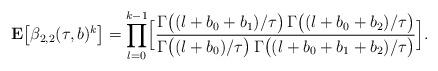
LaTeX: \begin{align*}{\bf E}\bigl[\beta_{2, 2}(\tau, b)^k\bigr] & =\prod\limits_{l=0}^{k-1}\Bigl[\frac{\Gamma\bigl((l+b_0+b_1)/\tau\bigr)\,\Gamma\bigl((l+b_0+b_2)/\tau\bigr)}{\Gamma\bigl((l+b_0)/\tau\bigr)\,\Gamma\bigl((l+b_0+b_1+b_2)/\tau\bigr)}\Bigr].\end{align*}